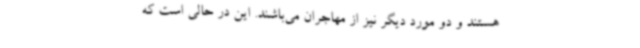
هستند و دو مورد دیگر نیز از مهاجران می‌باشند. این در حالی است که